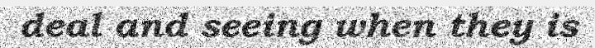
deal and seeing when they is